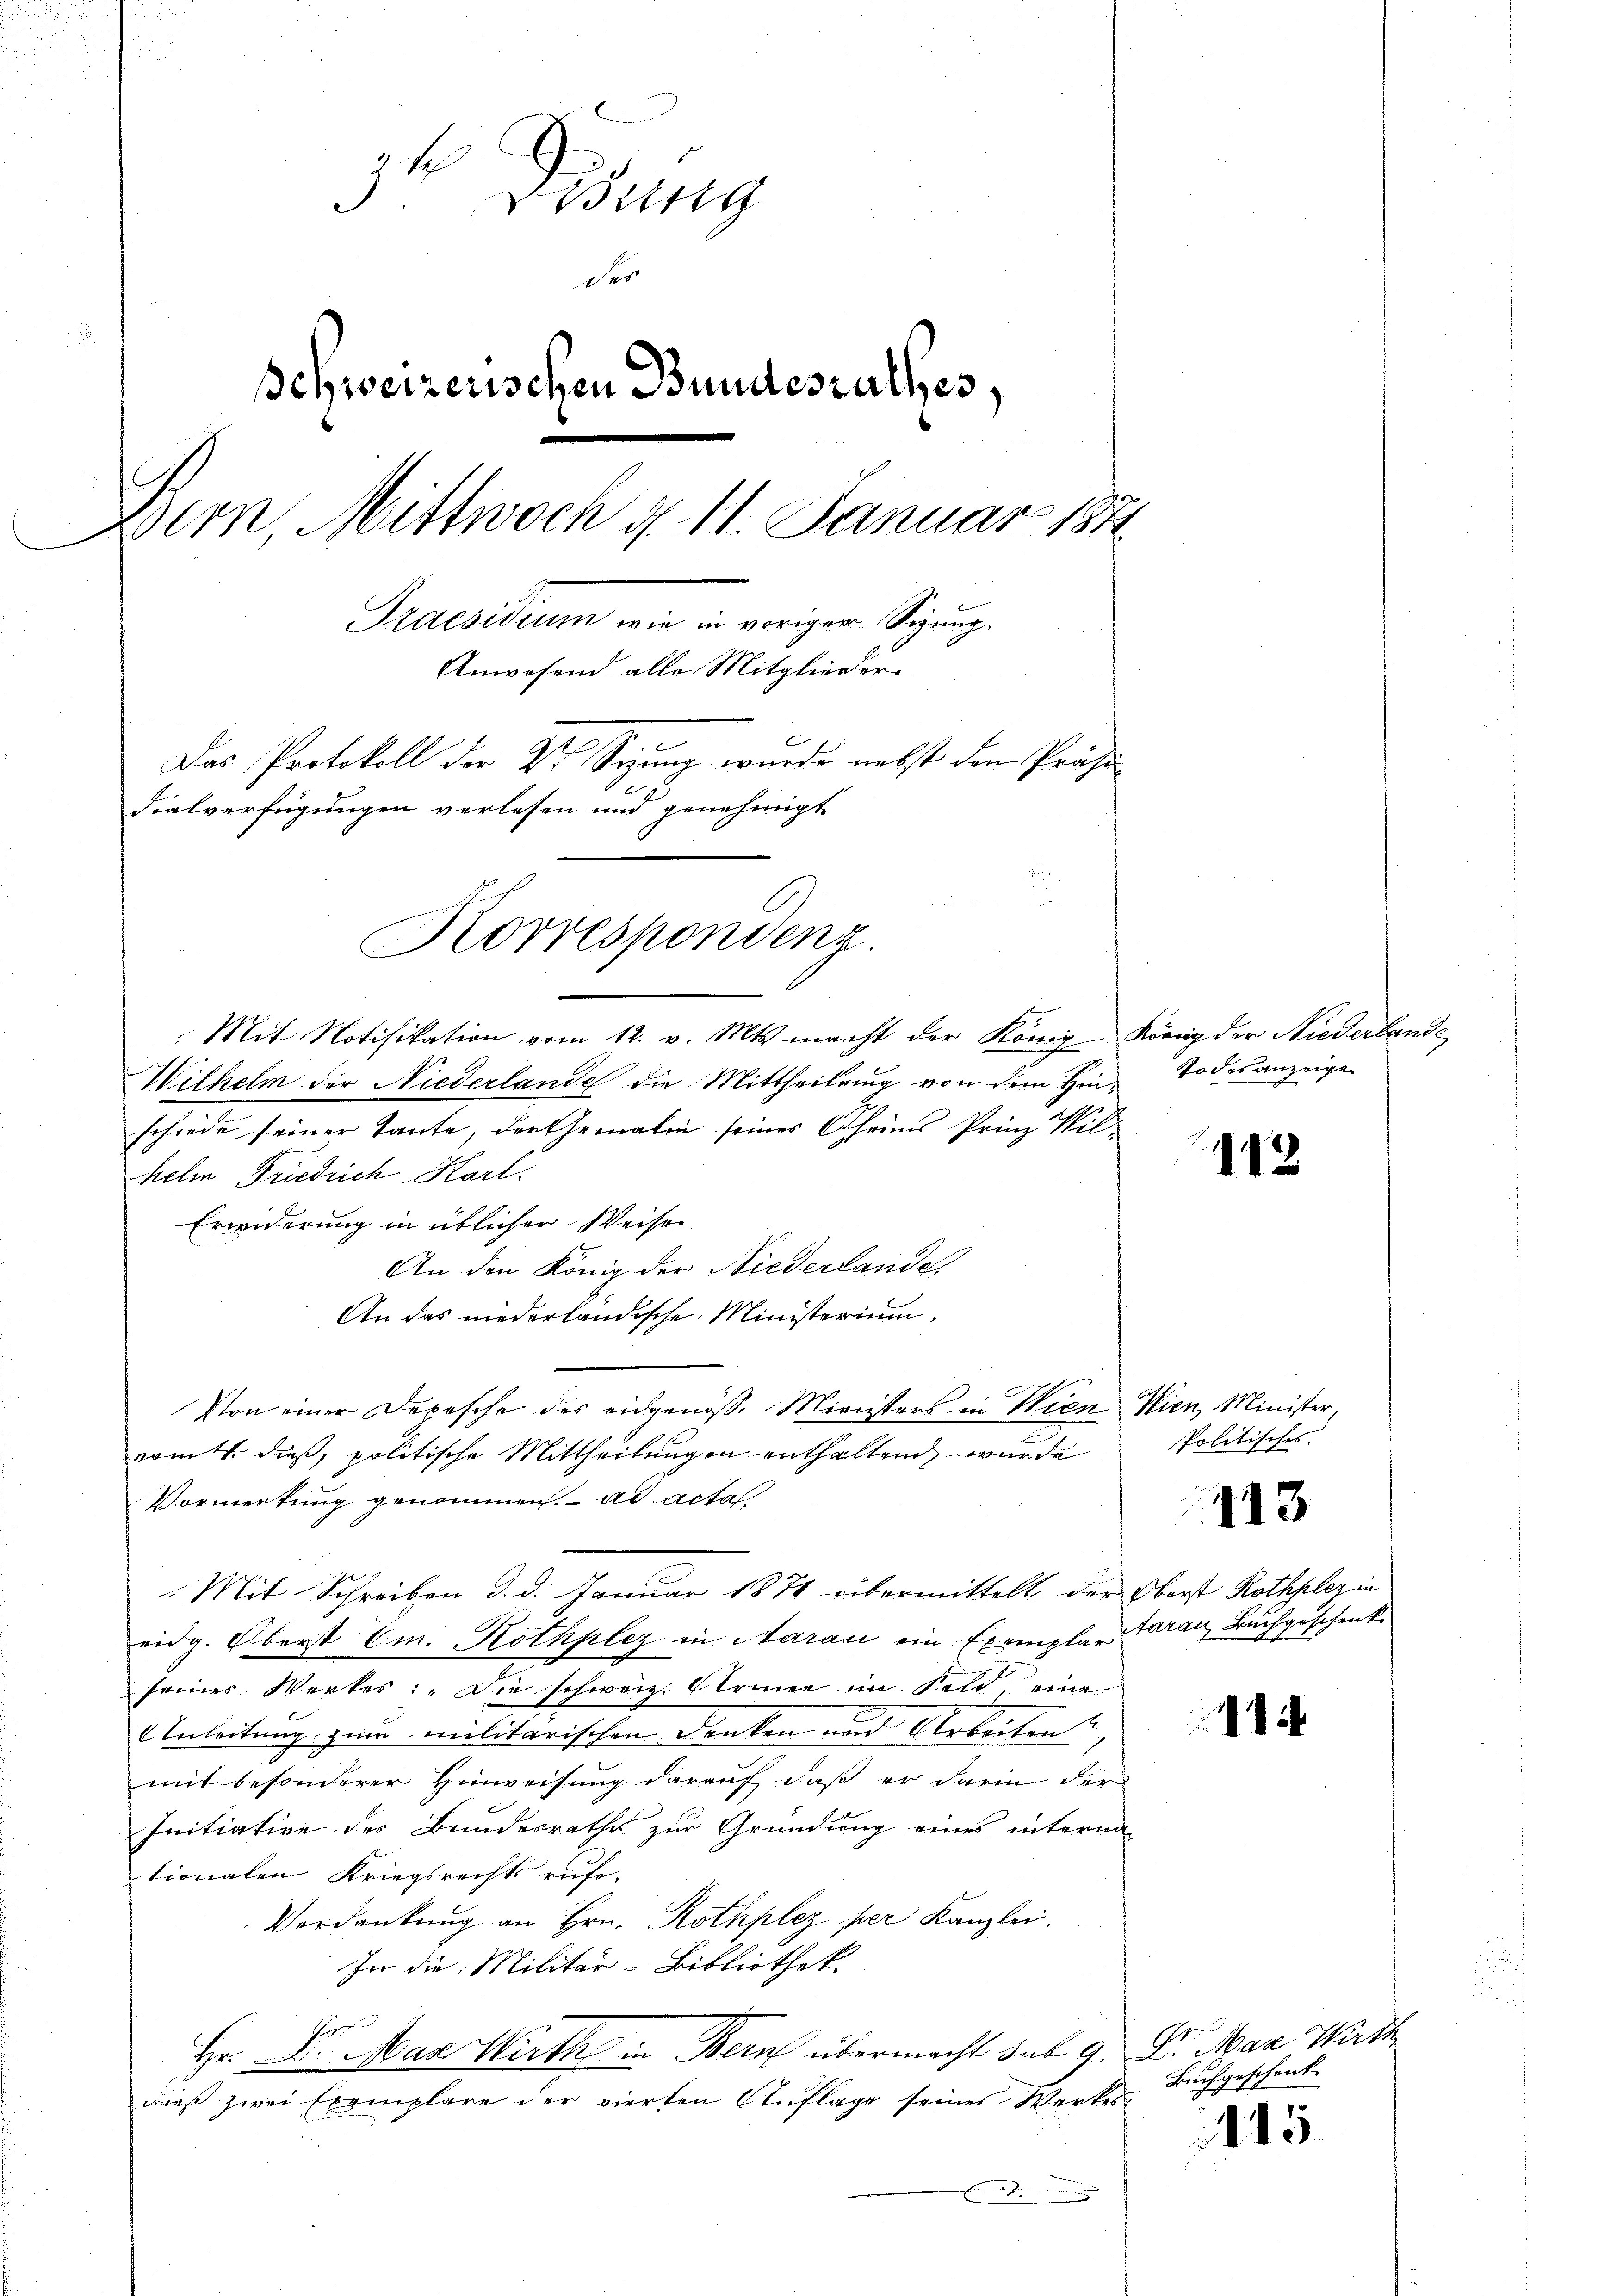
.

71
Wiltig
D
Schweizerischen Bundesrathes,
Bern, Mittwoch d. 11. Januar 184
Praesidium wie die einiger Sitzung
Anwesend alle Mitglieder¬
Das Protokoll der Dr. Sizung wurde nebst den Präsi
dialverfügungen verlesen und genehmigt
.
.
Korrespondenz.

Mit Notifikation vom 12. v. Mts. macht der König König der Niederbande
Wilhelm der Niederlande die Mittheilung von dem Hrn. Todesanzeigen
schiede seiner Tante, der Gemalin seines Oheims Prinz Wil
helm Friedrich Karl.
Erwiderung in üblicher Weise
An den König der Niederlande.
An das niederländische Ministerium,
Von einer Depesche des eidgenöß. Ministers in Wien Wien, Minister,
vomt dieß, politische Mittheilungen enthaltend, wurde
Vormerkung genommen. ad acta
Mit Schreiben d. d. Januar 1874 übermittelt der Oberst Rothplez in
eidg. Oberst Em. Rothplez in Aarau ein Exempla-Saran, Buchgeschenke
seines Werkes: „Die schweiz. Erinne im Feld, eine
Anleitung zum militarischen Denken und Arbeiten,
mit besonderer Hinweisung darauf dass er darin der
Initiative des Bundesrathe zur Gründung eines interna
tionalen Kriegsrechts rufe-
Verdankung an Hrn. Rothplez per Kanzlei.
In die Militär-Bibliothek
Hr. Dr. Max Wirth in Bern übermacht sub 9. Dr. Man Wirth
dieß zwei Exemplare der vierten Auflage seines Werkes¬
.

12

politisches.

113

1

Buchgeschenk

145